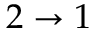
2 \to 1